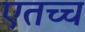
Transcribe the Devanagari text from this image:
एतच्च